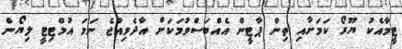
ޓީމާއެކު ޔޫރޯ ކަމަށާއި ތިން ޕާޓީން އެއްބަސްވުމަކަށް އާދެވިއްޖެ ނަމަ އުމްޓިޓީ ލިޔޯން